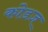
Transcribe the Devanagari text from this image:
कोडज़